Sanitation, dispensaries and jails vaccination Rajputana 1922-1927 - 1922-1927
Year: 1922
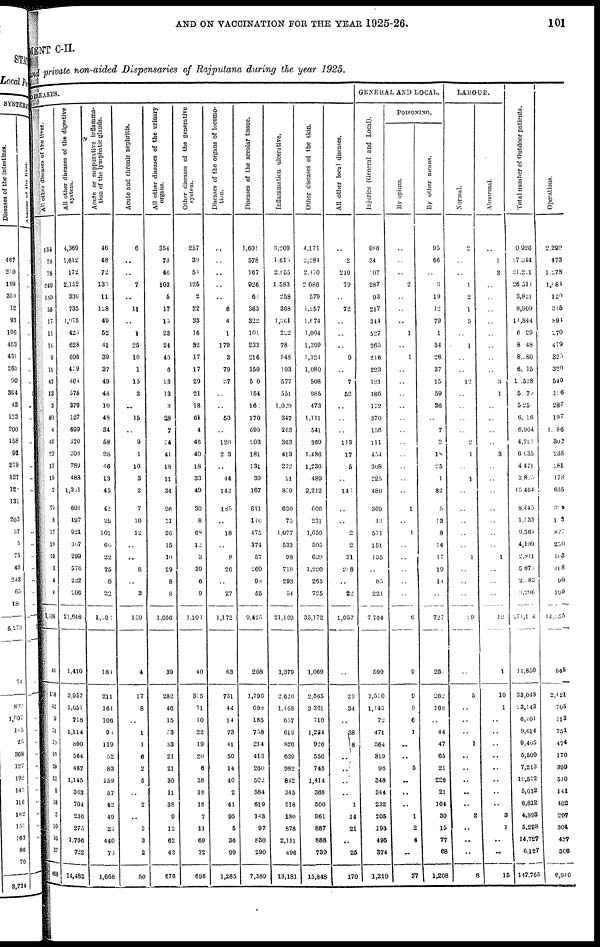
AND ON VACCINATION FOR THE YEAR 1925-26.
101
MENT C-II.
and private non-aided Dispensaries of Rajputana during the year 1925.
DISEASES.
All other diseases of the liver.
134
78
78
240
100
35
17
11
16
9
11
47
13
3
80
4
40
23
13
19
2
79
8
17
10
10
3
4
4
1,108
41
118
42
9
51
30
10
29
21
5
18
3
10
95
27
468
All other diseases of the digestive
system.
4,369
1,612
172
2,152
306
735
1,075
423
628
606
479
404
576
379
127
699
370
308
789
488
1,301
601
197
921
367
299
576
232
206
21,646
1,410
3,957
1,651
718
1,114
800
564
467
1,145
363
704
236
275
1,766
722
14,482
Acute or suppurative inflamma-
tion of the lymphatic glands.
46
48
72
130
11
128
49
52
41
39
37
49
48
10
48
34
58
28
46
13
45
42
25
101
60
22
75
8
22
l,091
181
211
161
106
93
119
52
83
159
57
42
49
23
440
73
1,668
Acute and chronic nephritis.
6
..
..
7
..
11
..
1
25
10
1
15
3
..
15
..
9
1
10
3
2
7
10
12
..
..
8
..
3
159
4
17
8
..
1
1
6
2
5
..
2
..
3
3
2
50
All other diseases of the urinary
organs.
354
78
46
103
5
17
15
23
24
40
6
23
13
3
28
7
34
41
18
11
34
26
11
26
15
10
29
8
8
1,056
39
282
46
15
53
33
21
21
30
11
38
9
12
62
43
676
Other diseases of the generative
system.
257
39
51
125
2
22
33
16
32
17
17
29
21
18
61
4
46
40
18
33
49
30
8
68
12
3
39
6
9
1,103
40
315
71
10
22
19
20
6
38
18
18
7
11
69
72
696
Diseases of the organs of locomo-
tion.
..
..
..
..
..
6
4
1
179
3
79
37
..
..
50
..
120
203
..
44
142
185
..
18
..
8
26
..
27
1,172
63
731
44
14
73
41
50
14
40
2
41
95
5
36
99
1,285
Diseases of the areolar tissue.
1,601
578
167
926
61
365
322
101
233
216
150
500
154
16
170
699
203
181
131
39
167
811
116
475
374
57
260
98
55
9,425
208
1,796
698
185
758
214
413
260
502
584
619
143
97
830
290
7,389
Inflammation ulcerative.
3,209
1,615
2,855
1,583
258
368
1,861
222
78
548
193
577
551
1,029
347
263
363
413
272
21
859
630
75
1,077
533
98
718
293
54
21,169
1,379
2,626
1,468
657
619
820
639
982
842
345
518
180
878
2,111
496
13,181
Other diseases of the skin.
4,171
2,284
2,470
2,086
579
1,257
1,674
1,094
1,399
1,324
1,080
508
985
473
1,111
541
369
1,486
1,730
489
2,212
606
231
1,659
505
639
1,220
265
725
35,172
1,069
2,565
3,361
710
1,224
926
550
745
1,414
368
500
961
887
888
739
15,848
All other local diseases.
..
2
210
79
..
72
..
..
..
9
..
7
52
..
..
..
113
17
5
..
140
..
..
2
2
31
208
..
22
1,057
..
29
34
..
38
8
..
..
..
..
1
14
21
..
26
170
GENERAL AND LOCAL.
Injuries (General and Local).
986
34
107
287
93
217
344
527
265
216
223
121
186
172
370
156
111
454
308
225
480
369
43
571
151
135
..
85
221
7,764
599
1,500
1,145
72
471
364
319
98
348
344
232
205
193
495
374
1,210
POISONING.
By opium.
..
..
..
2
..
..
..
1
..
1
..
..
..
..
..
..
..
..
..
..
..
1
..
1
..
..
..
..
..
6
9
9
9
6
1
..
..
5
..
..
..
1
2
4
..
37
By other means.
95
66
..
3
19
12
79
1
54
26
37
15
59
36
..
7
2
18
25
1
82
5
13
8
14
17
19
14
..
727
26
262
168
..
44
47
65
21
226
21
164
30
15
77
68
1,208
LABOUR.
Normal.
2
..
..
1
2
1
5
..
1
..
..
12
..
..
..
..
2
1
..
1
..
..
..
..
..
1
..
..
..
19
..
5
..
..
..
1
..
..
..
..
..
2
..
..
..
8
Abnormal.
..
1
3
..
..
..
..
..
..
..
..
3
1
..
..
..
..
3
..
..
..
..
..
..
..
1
..
..
..
12
1
10
1
..
..
..
..
..
..
..
..
3
1
..
..
15
Total number of Outdoor patients.
0926
17,344
21,221
26,511
3,821
8,909
11,844
6,029
8,048
8,080
6,015
1 ,528
5,079
5,25
6,016
6,964
4,711
6,635
4,471
3,825
15,464
8,445
1,033
9,361
4,199
2,8ll
5,873
2,083
3, 296
2,71,104
11,850
33,048
23,143
6,401
9,614
9,405
5,500
7,213
10,572
5,012
6,812
4,893
5,298
14,727
6,121
147,765
Operations.
2,290
473
1,278
1,081
120
345
894
270
479
325
320
549
116
287
197
1,086
302
238
281
178
635
309
103
877
250
103
408
90
199
14,855
945_
2,021
705
113
75l
474
170
399
510
141
402
207
304
437
306
6,940